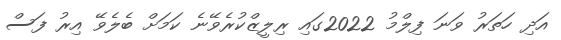
އަދި ހަތަރު ވަނަ ފިލްމު 2022ގައި ރިލީޒްކުރެވޭނެ ކަމަށް ބެލެވޭ އިރު ފަސް